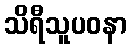
သိရီသူပဝနာ